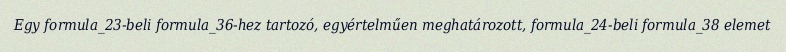
Egy formula_23-beli formula_36-hez tartozó, egyértelműen meghatározott, formula_24-beli formula_38 elemet